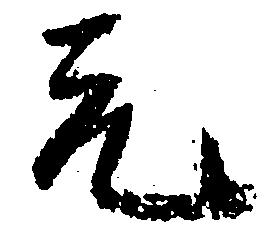
元